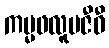
ကမ္မဖလူပဇီဝီ